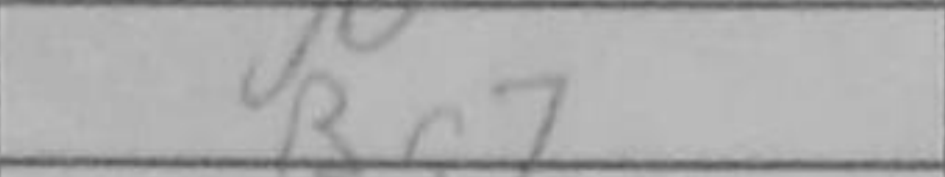
Transcription: Bg7